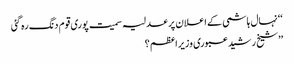
‘‘ نہال ہاشمی کے اعلان پر عدلیہ سمیت پوری قوم دنگ رہ گئی
’’شیخ رشید عبوری وزیراعظم ؟